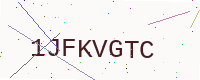
Text: 1JFKVGTC